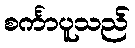
စင်္ကာပူသည်